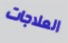
العلاجات